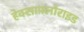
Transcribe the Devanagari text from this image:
हेक्साफ़्लोराइड